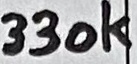
Text: 330K